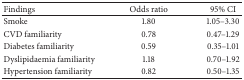
<table><thead><tr><td><b>Findings</b></td><td><b>Odds ratio</b></td><td><b>95% CI</b></td></tr></thead><tbody><tr><td>Smoke</td><td>1.80</td><td>1.05–3.30</td></tr><tr><td>CVD familiarity</td><td>0.78</td><td>0.47–1.29</td></tr><tr><td>Diabetes familiarity</td><td>0.59</td><td>0.35–1.01</td></tr><tr><td>Dyslipidaemia familiarity</td><td>1.18</td><td>0.70–1.92</td></tr><tr><td>Hypertension familiarity</td><td>0.82</td><td>0.50–1.35</td></tr></tbody></table>